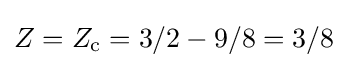
Z=Z_{\text{c}}=3/2-9/8=3/8